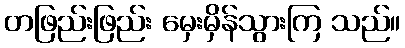
တဖြည်းဖြည်း မှေးမှိန်သွားကြ သည်။